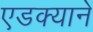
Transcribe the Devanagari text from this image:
एडक्याने